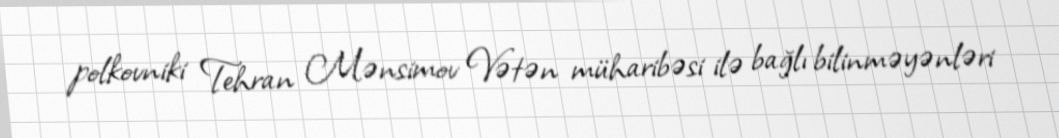
polkovniki Tehran Mənsimov Vətən müharibəsi ilə bağlı bilinməyənləri